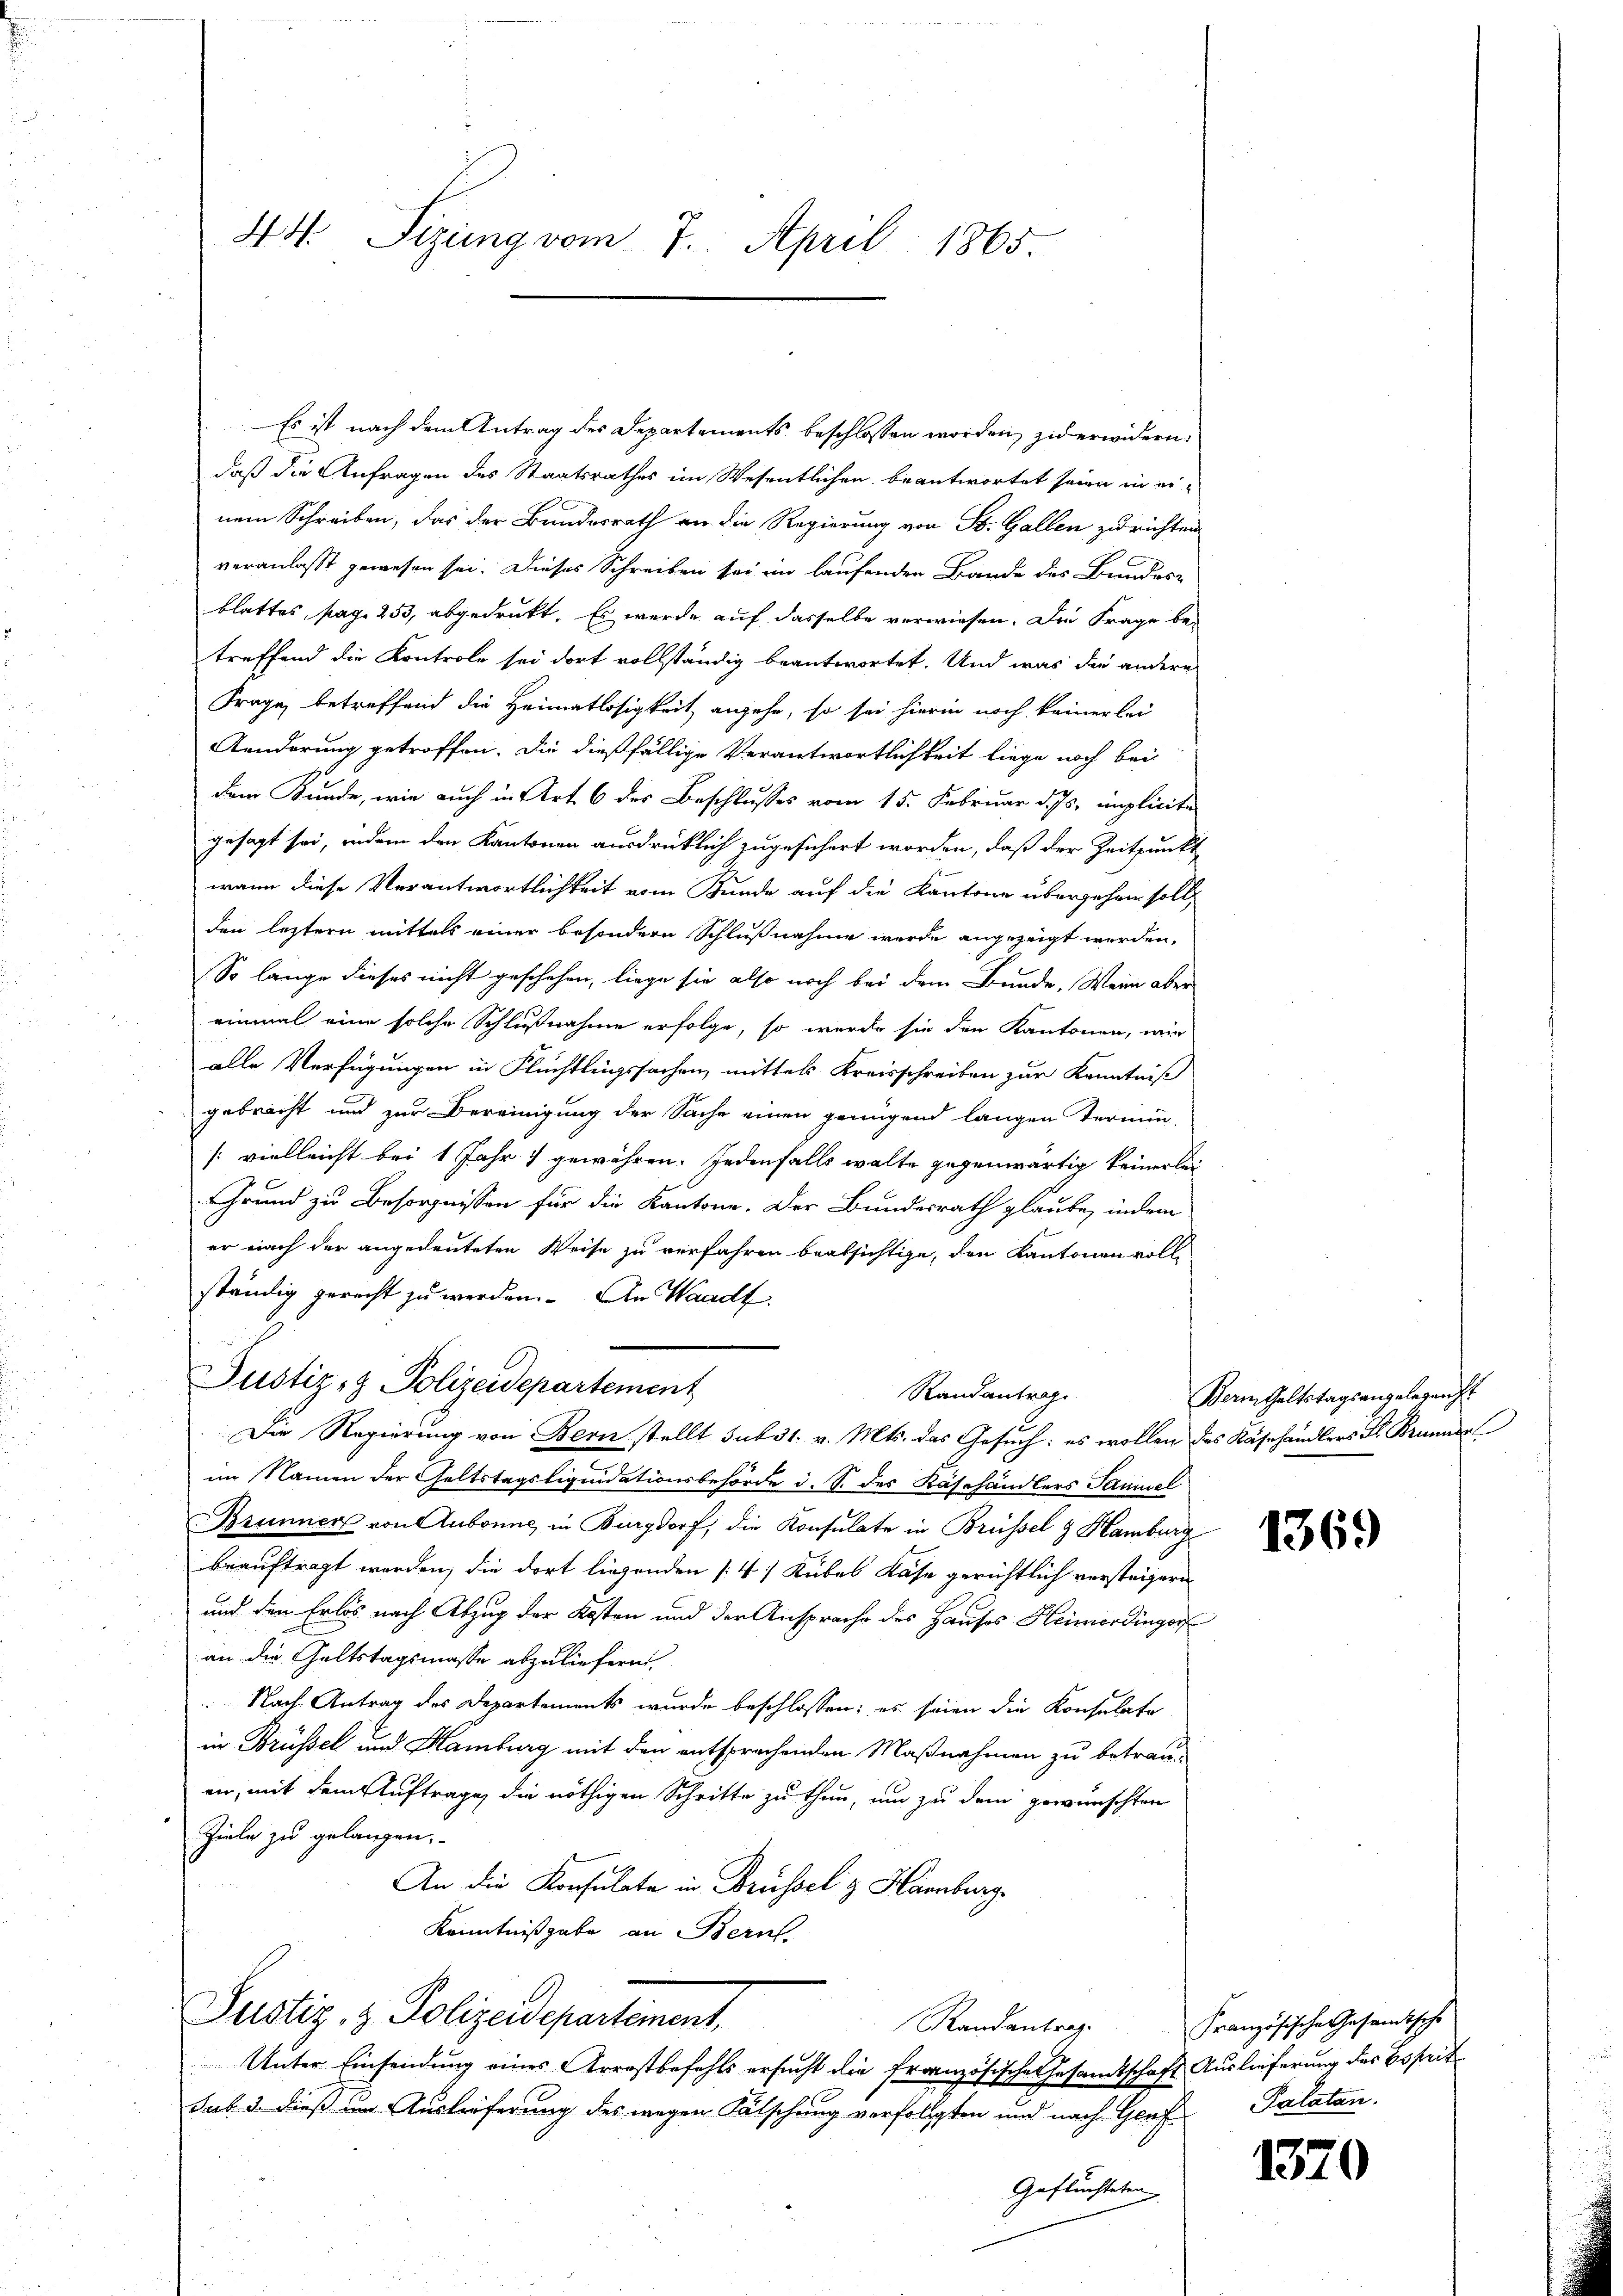
44 Sizung vom 7. April 1865.

Es ist nach dem Antrag des Departements beschlossen worden, zu erwidern:
daß die Anfragen des Staatsrathes im Wesentlichen beantwortet seien in einem Schreiben, das der Bundesrath an die Regierung von St. Gallen zu richten
veranlasst gewesen sei. Dieses Schreiben sei ein laufenden Bande des Bundes-
blattes, pag. 253, abgedruckt. Es werde auf dasselbe verwiesen. Die Frage betreffend die Kontrole sei dort vollständig beantwortet. Und was der andere
Frage, betreffend die Heimatlosigkeit angehe, so sei hierin noch keinerlei
Aenderung getroffen. Die dießfällige Verantwortlichkeit liege noch bei
dem Kunde, wie auch in Art. 6 des Beschlusses vom 15. Februar d. Js. implicite
gesagt sei, indem den Kantonen ausdrücklich zugesichert worden, daß der Zeitpunkt
wann diese Verantwortlichkeit vom Kunde auf die Kantone übergehen soll,
den letztern mittels einer besondern Schlußnahme werde angezeigt werden,
So lange dieses nicht geschehen, liege sie also noch bei dem Bunde. Wenn aber
einmal eine solche Schlußnahme erfolge, so werde sie den Kantonen, wie
alle Verfügungen in Flüchtlingssachen, mittels Kreisschreiben zur Kenntniß
gebracht und zur Bereinigung der Sache einen genügend langen Termin-
[vielleicht bei 1 Jahr 1 gewähren. Jedenfalls walte gegenwärtig keinerlei
Grund zu Besorgnissen für die Kantone. Der Bundesrath glaube, indem
er nach der angedeuteten Weise zu verfahren beabsichtige, den Kantonen volli
ständig gerecht zu werden. An Waadt.
Justiz- & Polizeidepartement
Randantrag
Die Regierung von Bern stellt sub 31. v. Mts. das Gesuch: es wollen des Käshändlers Dr. Brunnen
im Namen der Geltstagsliquidationsbehörde d. S. des Käsehändlers Samuel
Brunner von Aubonne in Burgdorf, die Konsulate in Brüssel & Hamburg
beauftragt werden, die dort liegenden [4) Kubes Käse gerichtlich versteigern
und den Erlös nach Abzug der Kosten und der Ansprache des Hauses Heimerdinger
an die Geltstagsmasse abzuliefern
Nach Antrag des Departements wurde beschlossen; es seien die Konsulate
in Brüssel und Hamburg mit den entsprachenden Maßnahmen zu betrau-
en, mit dem Auftrage, die nöthigen Schritte zu thun, um zu dem gewünschten
Ziele zu gelangen.
An die Konsulate in Brüssel & Hamburg
Kenntnißgabe an Bern.
Justiz & Polizeidepartement,
Randantrag.
Unter Einsendung eines Arrestbefehls ersucht die französische Gesandtschaft Auslieferung des Beseit
sub. 2. dieß um Auslieferung des wegen Fälschung verfolgten und nach Genf Palatan
Geflüchteten

Bern Geltstags angelegenst

1369

Französische Gesandtsche

1370